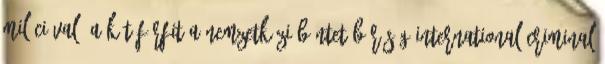
milíciával. A két férfit a Nemzetközi Büntetőbíróság International Criminal